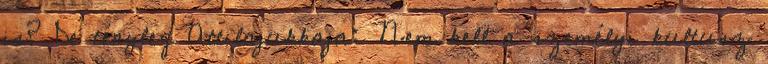
is? De tényleg Attilajukkaja: Nem kell a személyi kultusz